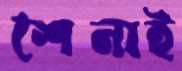
শৈনাই